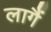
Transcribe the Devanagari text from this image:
लागैं